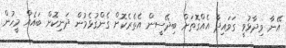
އޭނާ ވިދާޅުވީ ގަވައިދާ އެއްގޮތަށް ބިދޭސީން އެތެރެކޮށް ގެންގުޅެމުން ދަނިކޮށް ބައެއް މީހުން